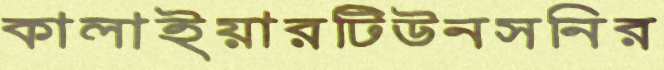
কালাইয়ারটিউনসনির